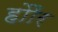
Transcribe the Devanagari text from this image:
होौर